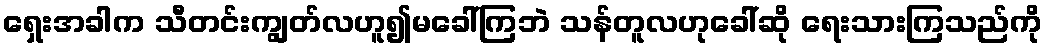
ရှေးအခါက သီတင်းကျွတ်လဟူ၍မခေါ်ကြဘဲ သန်တူလဟုခေါ်ဆို ရေးသားကြသည်ကို